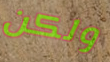
ولكن